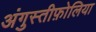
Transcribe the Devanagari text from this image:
अंगुस्तीफ़ोलिया